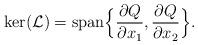
LaTeX: \begin{align*}{\rm ker}(\mathcal L)={\rm span}\Big\{\frac{\partial Q}{\partial x_1},\frac{\partial Q}{\partial x_2}\Big\}.\end{align*}